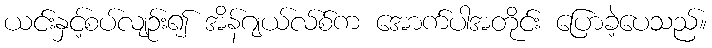
ယင်းနှင့်စပ်လျဉ်း၍ အိန်ဂျယ်လ်စ်က အောက်ပါအတိုင်း ပြောခဲ့ပေသည်။